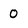
Character: 0